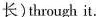
长)through it.